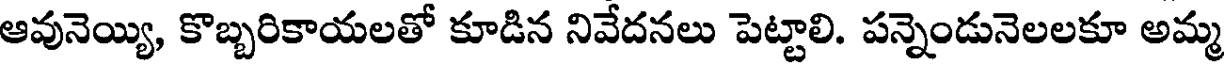
ఆవునెయ్యి, కొబ్బరికాయలతో కూడిన నివేదనలు పెట్టాలి. పన్నెండునెలలకూ అమ్మ